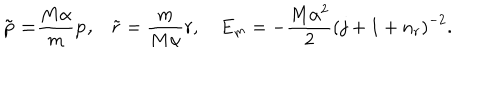
{ \bf \tilde { p } = } \frac { M \alpha } m { \bf p , \quad } \tilde { r } = \frac m { M \alpha } r , \quad E _ { m } = - \frac { M \alpha ^ { 2 } } 2 \left( j + 1 + n _ { r } \right) ^ { - 2 } .